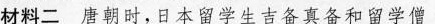
材料二唐朝时，日本留学生吉备真备和留学僧